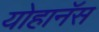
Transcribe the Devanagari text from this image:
योहानॅस